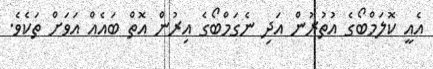
އެއީ ކޮލަމްބޯގެ އުތުރުން އަދި ނެގަމްބޯގެ އިރުން އޮތް ބައެއް އަވަށް ތަކެވެ.